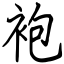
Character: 袍